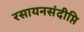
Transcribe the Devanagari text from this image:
रसायनसंदीप्ति